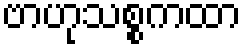
ဗာဟုသစ္စကထာ